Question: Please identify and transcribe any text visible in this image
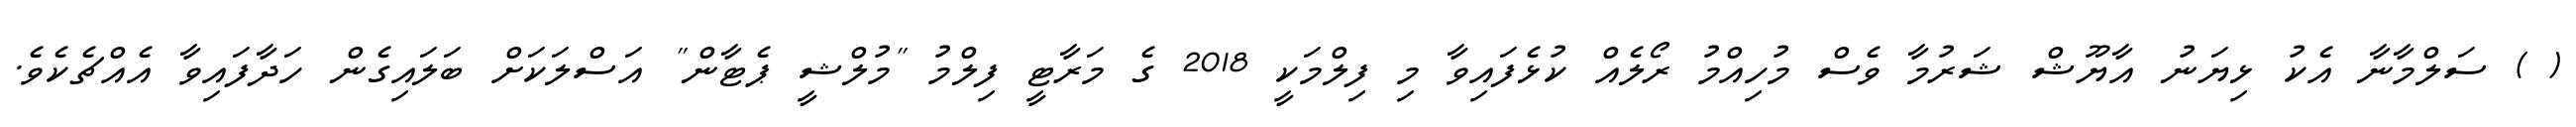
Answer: ( ) ސަލްމާނާ އެކު ޅިޔަނު އާޔޫޝް ޝަރުމާ ވެސް މުހިއްމު ރޯލެއް ކުޅެފައިވާ މި ފިލްމަކީ 2018 ގެ މަރާޓީ ފިލްމު "މުލްޝީ ޕެޓާން" އަސްލަކަށް ބަލައިގެން ހަދާފައިވާ އެއްޗެކެވެ.